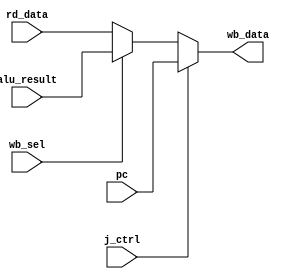
module WB(
	// Input
	wb_sel, 
	rd_data, 
	alu_result,
	pc,
	j_ctrl,
	// Output
	wb_data
        );

input wire wb_sel, j_ctrl;
input wire [15:0] rd_data, alu_result, pc;

output wire [15:0] wb_data;

assign wb_data = 	(j_ctrl)	?	pc		:
					(wb_sel) 	? 	alu_result 	: 
									rd_data;

endmodule